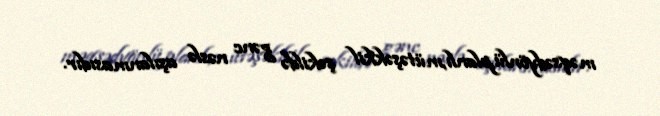
məqsədyönlü,planlı,mütəşəkkil şəkildə gənc nəslə aşılanmasıdır.